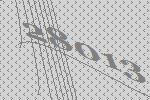
28013